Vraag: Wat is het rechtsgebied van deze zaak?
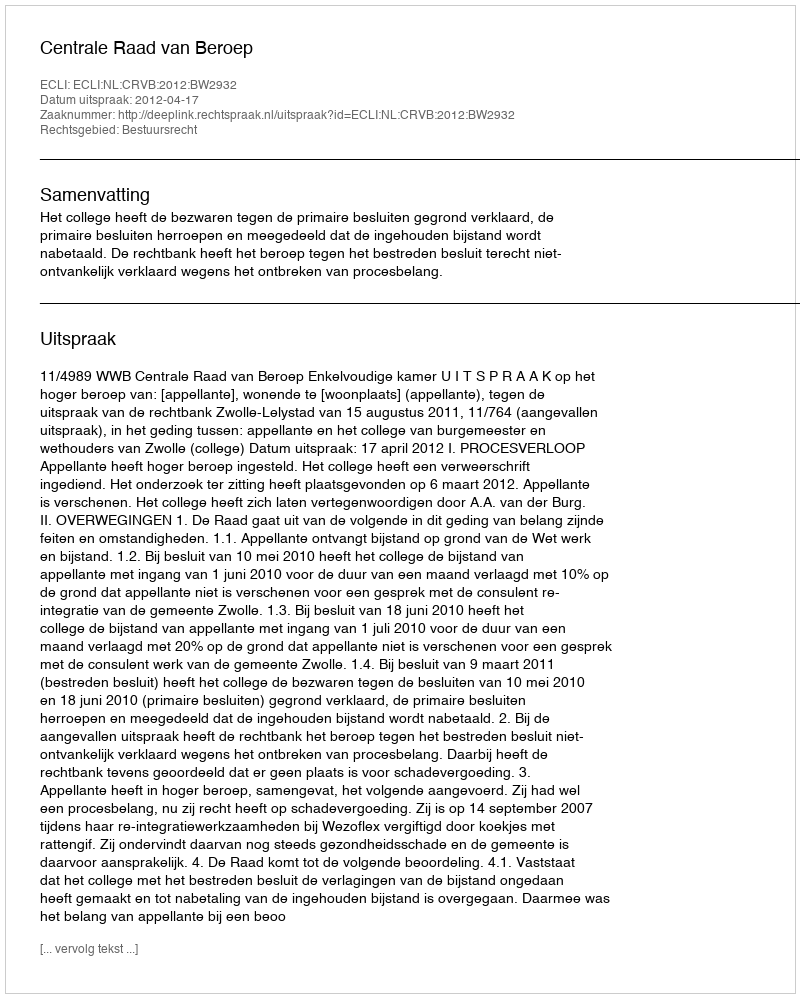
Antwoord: Bestuursrecht